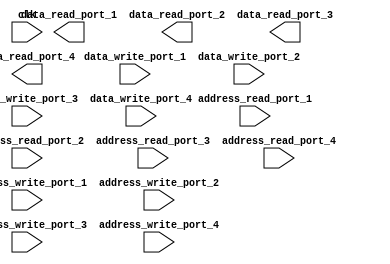
module memory_blocks_quadport_register_file(
    input wire clk,
    input wire [31:0] address_read_port_1,
    input wire [31:0] address_write_port_1,
    input wire [31:0] data_write_port_1,
    output reg [31:0] data_read_port_1,
    
    input wire [31:0] address_read_port_2,
    input wire [31:0] address_write_port_2,
    input wire [31:0] data_write_port_2,
    output reg [31:0] data_read_port_2,
    
    input wire [31:0] address_read_port_3,
    input wire [31:0] address_write_port_3,
    input wire [31:0] data_write_port_3,
    output reg [31:0] data_read_port_3,
    
    input wire [31:0] address_read_port_4,
    input wire [31:0] address_write_port_4,
    input wire [31:0] data_write_port_4,
    output reg [31:0] data_read_port_4
);

// Implementation of memory blocks quad-port register file goes here

endmodule